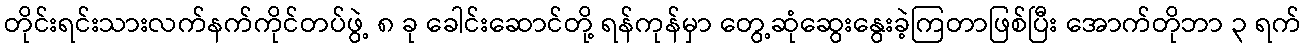
တိုင်းရင်းသားလက်နက်ကိုင်တပ်ဖွဲ့ ၈ ခု ခေါင်းဆောင်တို့ ရန်ကုန်မှာ တွေ့ဆုံဆွေးနွေးခဲ့ကြတာဖြစ်ပြီး အောက်တိုဘာ ၃ ရက်